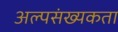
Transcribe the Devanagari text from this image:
अल्पसंख्यकता